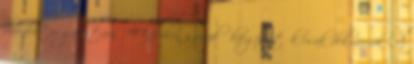
bababútor garnitúra. A képeken szereplő kiegészítők csak dekorációk. A